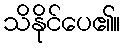
သိနိုင်ပေ၏။